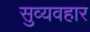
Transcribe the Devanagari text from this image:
सुव्यवहार